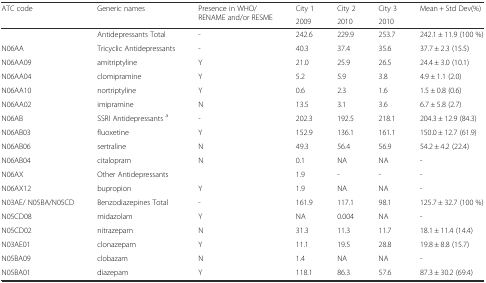
| <ROWSPAN=2> ATC code | <ROWSPAN=2> Generic names | <ROWSPAN=2> Presence in WHO/RENAME and/or RESME | City 1 | City 2 | City 3 | <ROWSPAN=2> Mean + Std Dev(%) |
 | 2009 | 2010 | 2010 |
 | --- | --- | --- | --- | --- | --- | --- |
 |  | Antidepressants Total | - | 242.6 | 229.9 | 253.7 | 242.1 ± 11.9 (100 %) |
 | N06AA | Tricyclic Antidepressants | - | 40.3 | 37.4 | 35.6 | 37.7 ± 2.3 (15.5) |
 | N06AA09 | amitriptyline | Y | 21.0 | 25.9 | 26.5 | 24.4 ± 3.0 (10.1) |
 | N06AA04 | clomipramine | Y | 5.2 | 5.9 | 3.8 | 4.9 ± 1.1 (2.0) |
 | N06AA10 | nortriptyline | Y | 0.6 | 2.3 | 1.6 | 1.5 ± 0.8 (0.6) |
 | N06AA02 | imipramine | N | 13.5 | 3.1 | 3.6 | 6.7 ± 5.8 (2.7) |
 | N06AB | SSRI Antidepressants a | - | 202.3 | 192.5 | 218.1 | 204.3 ± 12.9 (84.3) |
 | N06AB03 | fluoxetine | Y | 152.9 | 136.1 | 161.1 | 150.0 ± 12.7 (61.9) |
 | N06AB06 | sertraline | N | 49.3 | 56.4 | 56.9 | 54.2 ± 4.2 (22.4) |
 | N06AB04 | citalopram | N | 0.1 | NA | NA | - |
 | N06AX | Other Antidepressants |  | 1.9 | - | - | - |
 | N06AX12 | bupropion | Y | 1.9 | NA | NA | - |
 | N03AE/ N05BA/N05CD | Benzodiazepines Total | - | 161.9 | 117.1 | 98.1 | 125.7 ± 32.7 (100 %) |
 | N05CD08 | midazolam | Y | NA | 0.004 | NA | - |
 | N05CD02 | nitrazepam | N | 31.3 | 11.3 | 11.7 | 18.1 ± 11.4 (14.4) |
 | N03AE01 | clonazepam | Y | 11.1 | 19.5 | 28.8 | 19.8 ± 8.8 (15.7) |
 | N05BA09 | clobazam | N | 1.4 | NA | NA | - |
 | N05BA01 | diazepam | Y | 118.1 | 86.3 | 57.6 | 87.3 ± 30.2 (69.4) |